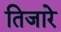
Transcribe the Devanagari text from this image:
तिजारे